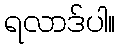
ရလာဒ်ပါ။